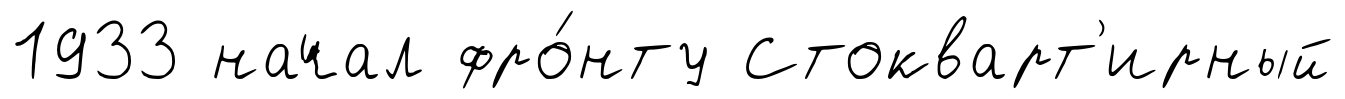
1933 начал фро́нту Стокварт'ирный